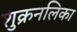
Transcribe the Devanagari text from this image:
शुक्रनलिका